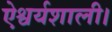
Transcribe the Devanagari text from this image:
ऐश्वर्यशाली।